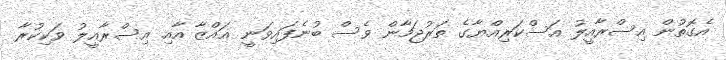
އެގޮތުން އިސްރާއީލު އަސްކަރިއްޔާގެ ތަރުޖަމާން ވެސް ބުނެފައިވަނީ ޣައްޒާ އާއި އިސްރާއީލު ވަކިކުރާ